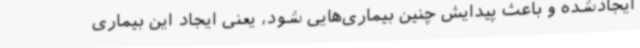
ایجادشده و باعث پیدایش چنین بیماری‌هایی شود، یعنی ایجاد این بیماری